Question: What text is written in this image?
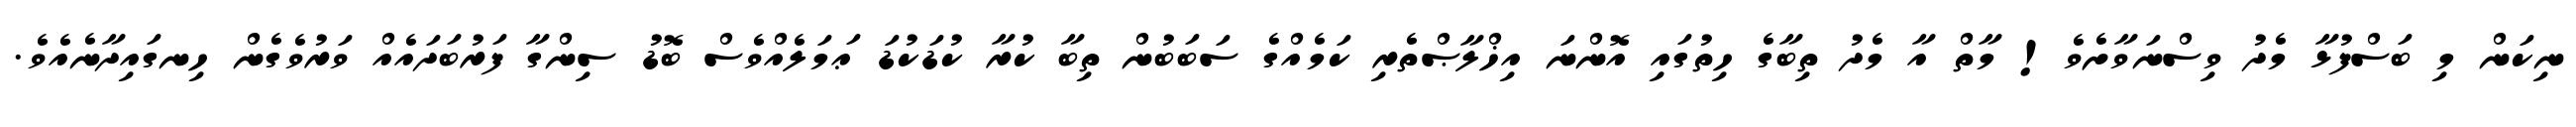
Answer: ނިކަން މި ބަސްފުޅާ މެދު ވިސްނަވާށެވެ! މާތް އާ މެދު ތިބާގެ ހިތުގައި އޮންނަ އިޚްލާޞްތެރި ކަމެއްގެ ސަބަބުން ތިބާ ކުރާ ކުޑަކުޑަ ޢަމަލެއްވެސް ބޮޑު ސިންގާ ފަރުބަދައެއް ވަރުވެގެން ހިނގައިދާނެއެވެ.